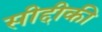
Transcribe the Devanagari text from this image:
सीद्दीकी